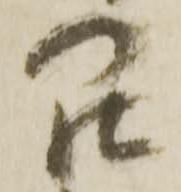
罷